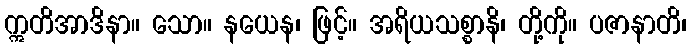
ဣတိအာဒိနာ။ သော။ နယေန၊ ဖြင့်။ အရိယသစ္စာနိ၊ တို့ကို။ ပဇာနာတိ၊